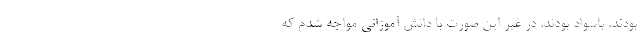
بودند، باسواد بودند، در غیر این صورت با دانش آموزانی مواجه شدم که